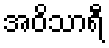
အဝိသာရီ